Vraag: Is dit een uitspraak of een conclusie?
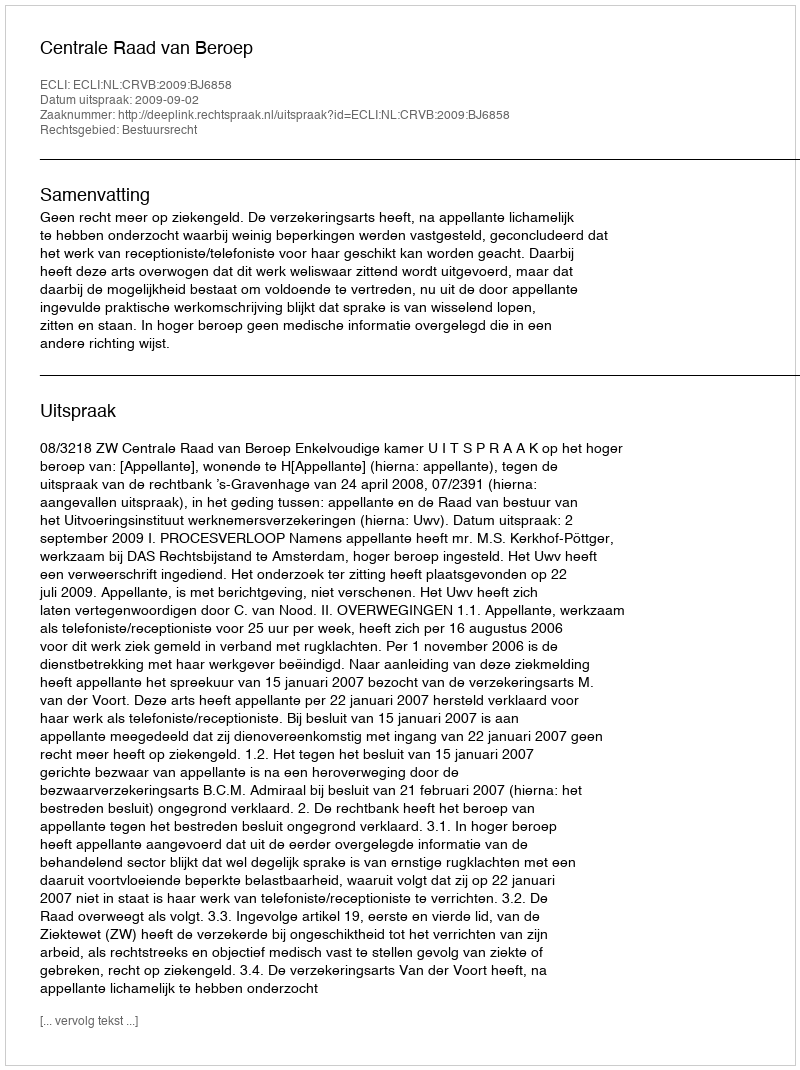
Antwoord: Uitspraak